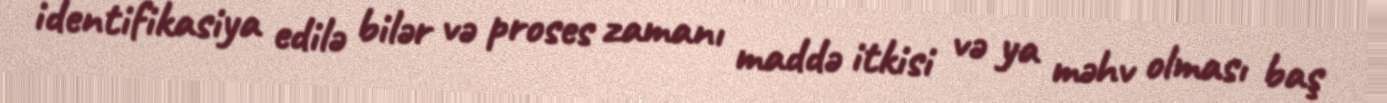
identifikasiya edilə bilər və proses zamanı maddə itkisi və ya məhv olması baş